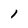
Character: 1